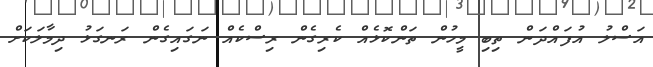
އަސްލު އުފައްދަން ތިބި މީހުން ތަންކޮޅެއް ކެރިގެން ރިސްކެއް ނަގައިގެން ރަނގަޅު ދިމާލަކަށް